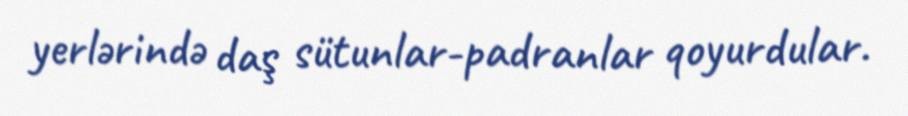
yerlərində daş sütunlar-padranlar qoyurdular.